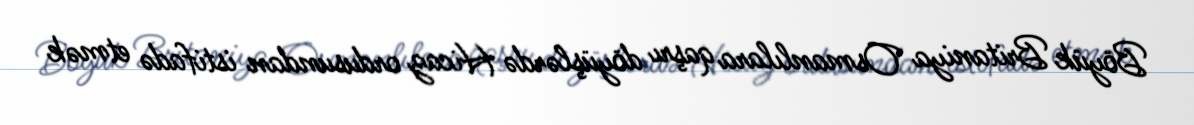
Böyük Britaniya Osmanlılara qaşrı döyüşlərdə Hicaz ordusundan istifadə etmək